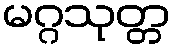
မဂ္ဂသုတ္တ